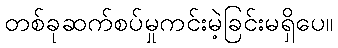
တစ်ခုဆက်စပ်မှုကင်းမဲ့ခြင်းမရှိပေ။